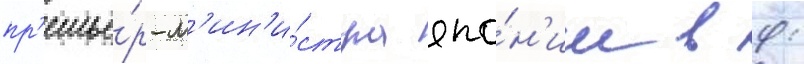
пр'емье́р-м'ин'и́стра япо́н'ии в 9: